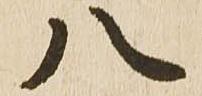
八